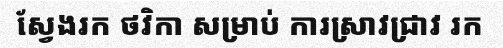
ស្វែងរក ថវិកា សម្រាប់ ការស្រាវជ្រាវ រក